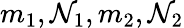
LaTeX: m_{1},\mathcal{N}_{1},m_{2},\mathcal{N}_{2}